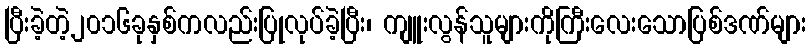
ပြီးခဲ့တဲ့၂၀၁၆ခုနှစ်ကလည်းပြုလုပ်ခဲ့ပြီး၊ ကျူးလွန်သူများကိုကြီးလေးသောပြစ်ဒဏ်များ